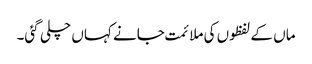
ماں کے لفظوں کی ملائمت جانے کہاں چلی گئی۔